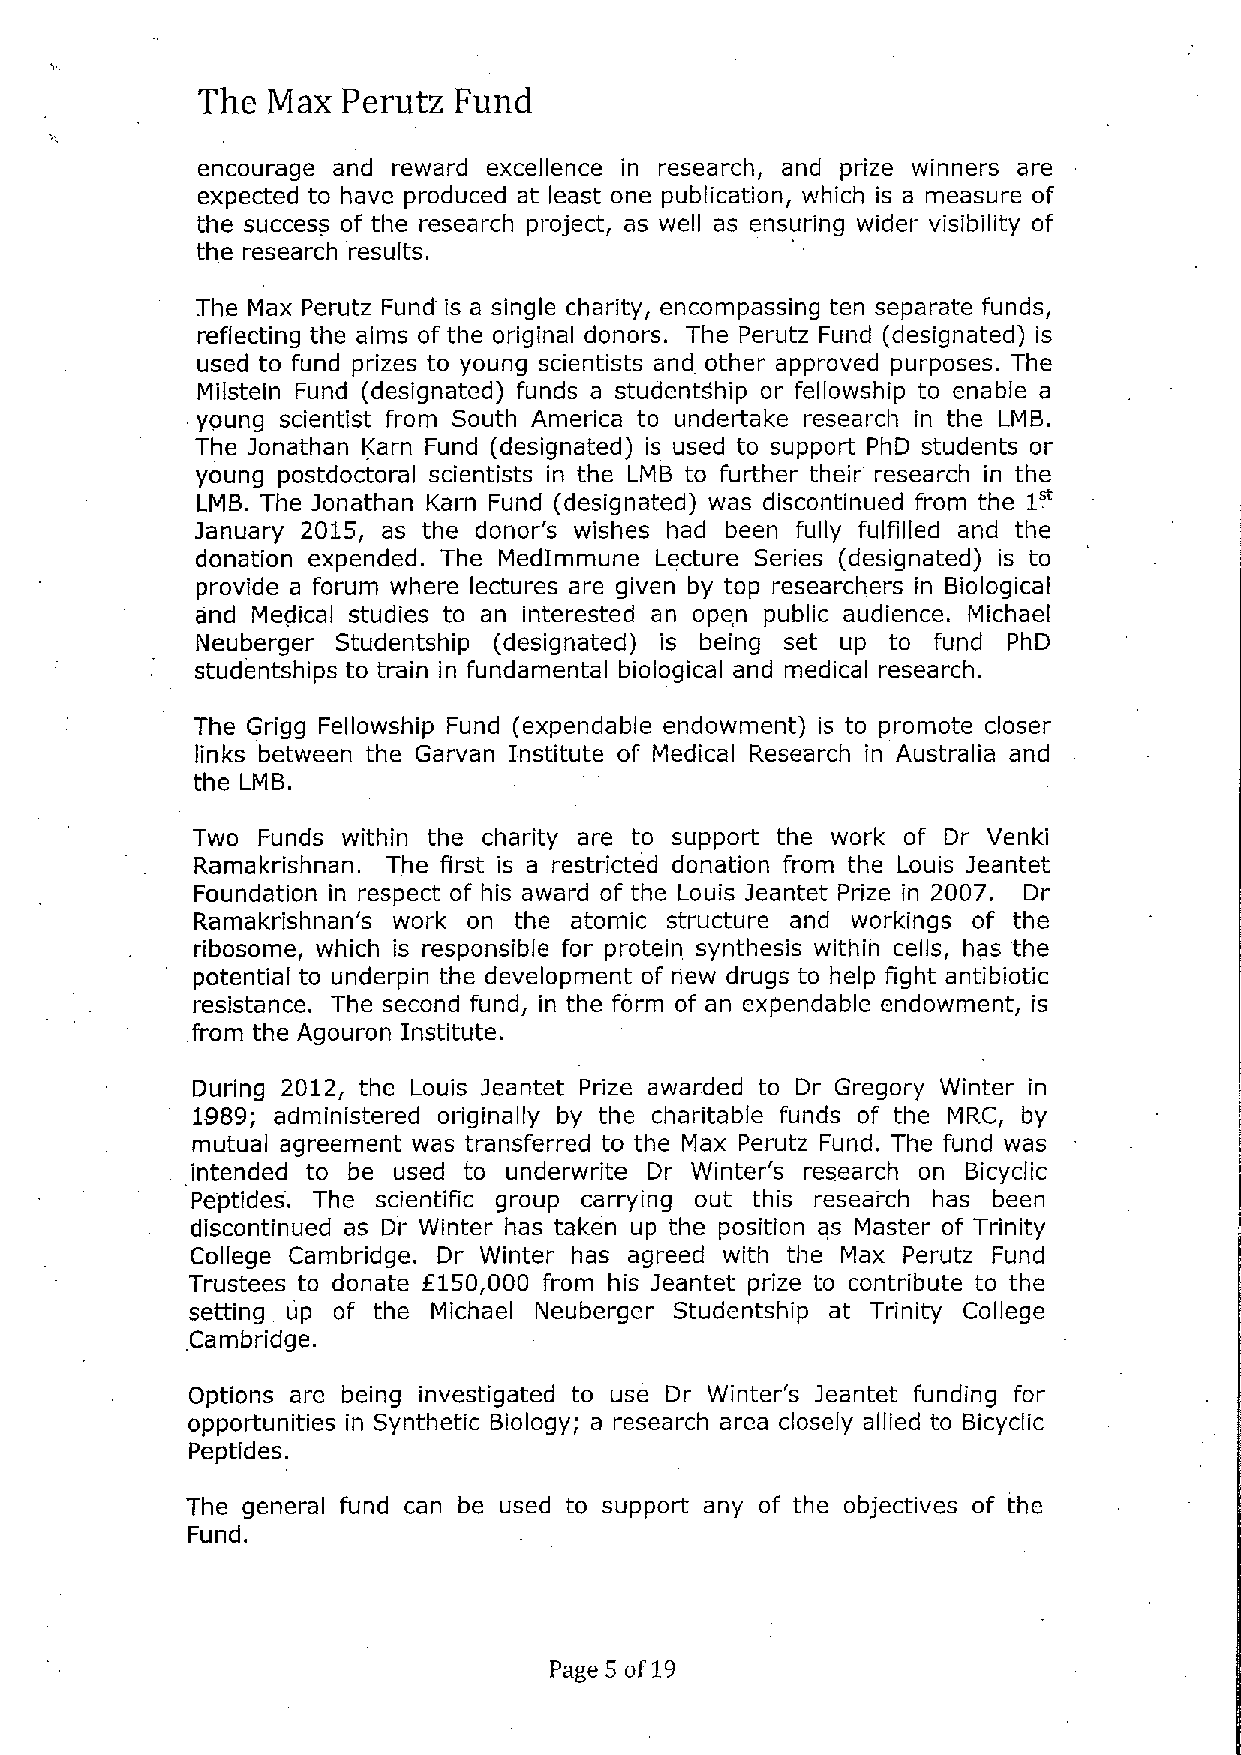
The  Max  Perutz Fund
 encourage and reward excellence in research, and prize winners are
 expected to have produced at least one publication, which is a measure of
 the success of the research project, as well as ensuring wider visibility of
 the research results.
 The Max Perutz Fund is a single charity, encompassing ten separate funds,
 reflecting the aims of the original donors. The Perutz Fund (designated) is
 used to fund prizes to young scientists and other approved purposes. The
 Milstein Fund (designated) funds a studentdhip or fellowship to enable a
 young scientist from South America to undertake research in the LMB.
 The 3onathan Karn Fund (designated) is used to support PhD students or
 young postdoctoral scientists in the LMB to further their research in the
 1~
 LMB. The Jonathan Karn Fund (designated) was discontinued from the
 3anuary 2015, as the donor's wishes had been fully fulfilled and the
 donation expended. The MedIrnmune Lecture Series (designated) is to
 provide a forum where lectures are given by top researchers in Biological
 and Meflical studies to an interested an open public audience. Michael
 Neuberger Studentship (designated) is being set up to fund PhD
 studentships to train in fundamental biological and medical research.
 The Grigg Fellowship Fund (expendable endowment) is to promote closer
 links between the Garvan Institute of Medical Research in Australia and
 the LMB.
 Two Funds within the charity are to support the work of Dr Venki
 Ramakrishnan. The first is a restricted donation from the Louis 3eantet
 Foundation in respect of his award of the Louis Jeantet Prize in 2007. Dr
 Ramakrishnan's work on the atomic structure and workings of the
 ribosome, which is responsible for protein synthesis within cells, has the
 potential to underpin the development of new drugs to help fight antibiotic
 resistance. The second fund, in the form of an expendable endowment, is
 from the Agouron Institute.
 During 2012, the Louis 3eantet Prize awarded to Dr Gregory Winter in
 1989; administered originally by the charitable funds of the MRC, by
 mutual agreement was transferred to the Max Perutz Fund. The fund was
 intended to be used to underwrite Dr Winter's research on Bicyclic
 Peptides. The scientific group carrying out this reseai ch has been
 discontinued as Dr Winter has taken up the position as Master of Trinity
 College Cambridge. Dr Winter has agreed with the Max Perutz Fund
 Trustees to donate f150,000 from his Jeantet prize to contribute to the
 setting up of the Michael Neuberger Studentship at Trinity College
 Cambridge.
 Options are being investigated to use Dr Winter's 3eantet funding for
 opportunities in Synthetic Biology; a research area closely allied to Bicyclic
 Peptides.
 The general fund can be used to support any of the objectives of the
 Fund.
 Page 5 of19